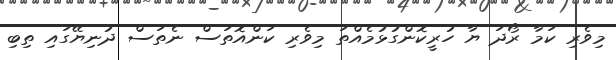
މިވެރި ކަމާ ރޯދަ ޔާ ހުރީކޮންގުޅުމެއްތަ މިވެރި ކަންއޮތަސް ނެތަސް ދުނިޔޭގައި ތިބި